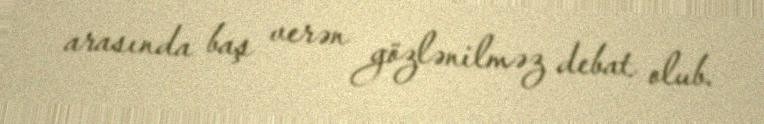
arasında baş verən gözlənilməz debat olub.